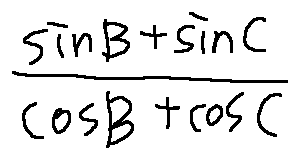
\frac { \sin B + \sin C } { \cos B + \cos C }